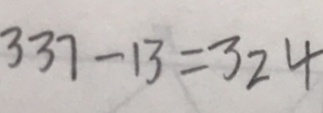
3 3 7 - 1 3 = 3 2 4